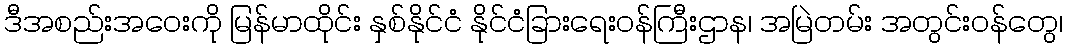
ဒီအစည်းအဝေးကို မြန်မာထိုင်း နှစ်နိုင်ငံ နိုင်ငံခြားရေးဝန်ကြီးဌာန၊ အမြဲတမ်း အတွင်းဝန်တွေ၊